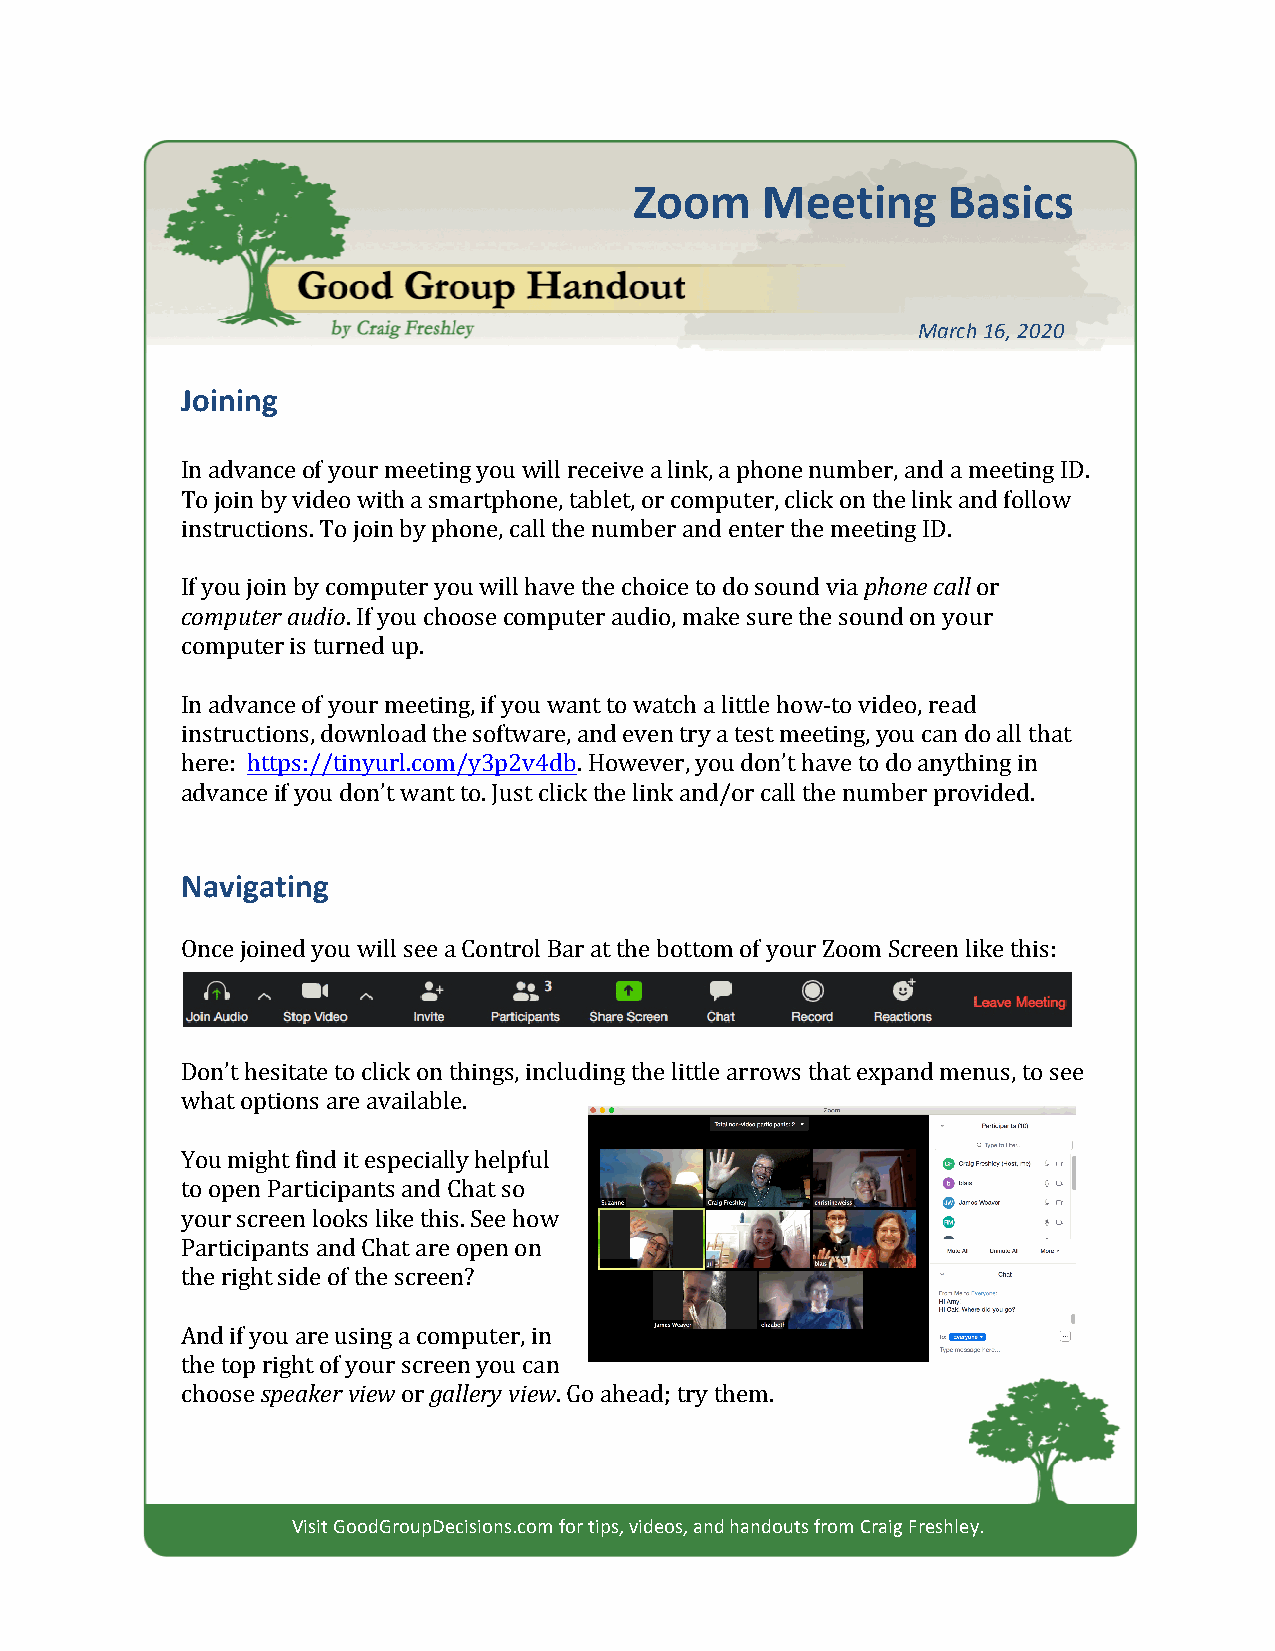
Zoom    Meeting      Basics
 March 16, 2020
 Joining
 In advance of your meeting you will receive a link, a phone number, and a meeting ID.
 To join by video with a smartphone, tablet, or computer, click on the link and follow
 instructions. To join by phone, call the number and enter the meeting ID.
 If you join by computer you will have the choice to do sound via phone call or
 computer audio. If you choose computer audio, make sure the sound on your
 computer is turned up.
 In advance of your meeting, if you want to watch a little how-­‐to video, read
 instructions, download the software, and even try a test meeting, you can do all that
 here: https://tinyurl.com/y3p2v4db. However, you don’t have to do anything in
 advance if you don’t want to. Just click the link and/or call the number provided.
 Navigating
 Once joined you will see a Control Bar at the bottom of your Zoom Screen like this:
 Don’t hesitate to click on things, including the little arrows that expand menus, to see
 what options are available.
 You might find it especially helpful
 to open Participants and Chat so
 your screen looks like this. See how
 Participants and Chat are open on
 the right side of the screen?
 And if you are using a computer, in
 the top right of your screen you can
 choose speaker view or gallery view. Go ahead; try them.
 Visit GoodGroupDecisions.com for tips, videos, and handouts from Craig Freshley.